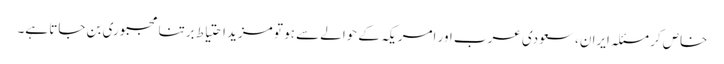
خاص کر مسئلہ ایران، سعودی عرب اور امریکہ کے حوالے سے ہو تو مزید احتیاط برتنا مجبوری بن جاتا ہے۔